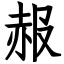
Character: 赧